Indian journal of veterinary science and animal husbandry - Volumes 22-23, 1952-1953
Year: 1952
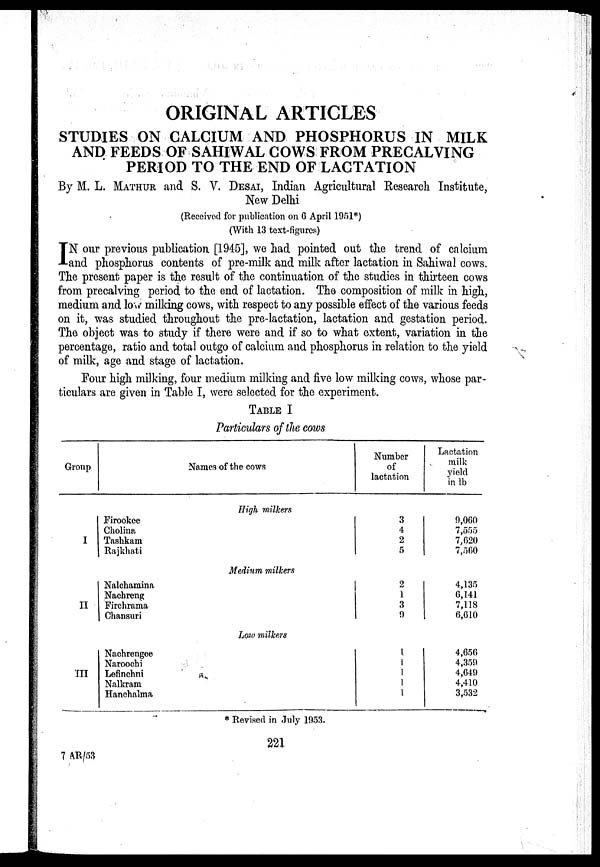
ORIGINAL ARTICLES
STUDIES ON CALCIUM AND PHOSPHORUS IN MILK
AND FEEDS OF SAHIWAL COWS FROM PRECALVING
PERIOD TO THE END OF LACTATION
By M. L. MATHUR and S. V. DESAI, Indian Agricultural Research Institute,
New Delhi
(Received for publication on 6 April 1951*)
(With 13 text-figures)
I N our previous publication [1945], we had pointed out the trend of calcium
and phosphorus contents of pre-milk and milk after lactation in Sahiwal cows.
The present paper is the result of the continuation of the studies in thirteen cows
from precalving period to the end of lactation. The composition of milk in high,
medium and low milking cows, with respect to any possible effect of the various feeds
on it, was studied throughout the pre-lactation, lactation and gestation period.
The object was to study if there were and if so to what extent, variation in the
percentage, ratio and total outgo of calcium and phosphorus in relation to the yield
of milk, age and stage of lactation.
Four high milking, four medium milking and five low milking cows, whose par-
ticulars are given in Table I, were selected for the experiment.
TABLE I
Particulars of the cows
Group
I
II
III
Names of the cows
Firookee
Cholina
Tashkam
Rajkhati
Nalchamina
Nachreng
Firchrama
Chansuri
Nachrengee
Naroochi
Lefinchni
Nalkram
Hanchalma
High milkers
Medium milkers
Low milkers
Number
of
lactation
3
4
2
5
2
1
3
9
1
1
1
1
1
Lactation
milk
yield
in lb
9,060
7,555
7,620
7,560
4,135
6,141
7,118
6,610
4,656
4,359
4,649
4,410
3,532
* Revised in July 1953.
221
7 AR/53